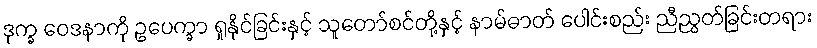
ဒုက္ခ ဝေဒနာကို ဥပေက္ခာ ရှုနိုင်ခြင်းနှင့် သူတော်စင်တို့နှင့် နာမ်ဓာတ် ပေါင်းစည်း ညီညွတ်ခြင်းတရား